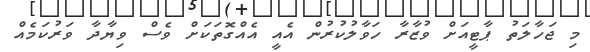
މި ޖަހާލަތު ޕާޓީއަށް ވުޒާރާ ހަވާލުކުރުން އެއީ އެއްގޮތަކަށް ވެސް ވިޔާދާ ވަރުކަމެއް